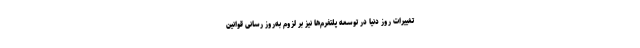
تغییرات روز دنیا در توسعه پلتفرم‌ها نیز بر لزوم به‌روز رسانی قوانین